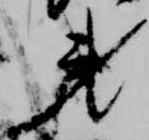
第